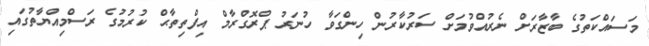
މަސައްކަތުގެ ބާޒާރަށް ނެރުއްވުމަށް ސަރުކާރުން ހިންގަވާ ހުނަރު ޕްރޮގްރާމް އިފްތިތާޙް ކުރުމުގެ ރަސްމިއްޔާތުގައި